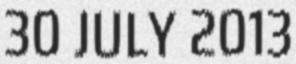
30 JULY 2013